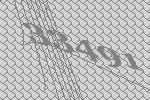
33491